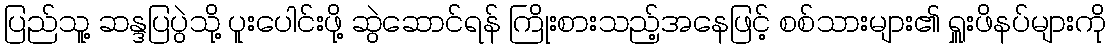
ပြည်သူ့ ဆန္ဒပြပွဲသို့ ပူးပေါင်းဖို့ ဆွဲဆောင်ရန် ကြိုးစားသည့်အနေဖြင့် စစ်သားများ၏ ရှူးဖိနပ်များကို